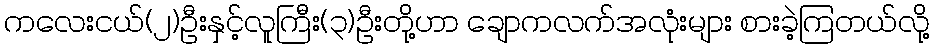
ကလေးငယ်(၂)ဦးနှင့်လူကြီး(၃)ဦးတို့ဟာ ချောကလက်အလုံးများ စားခဲ့ကြတယ်လို့